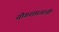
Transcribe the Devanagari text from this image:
योगशास्त्राची